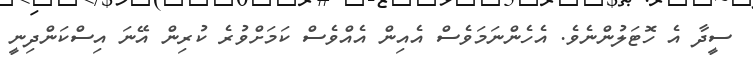
ސީދާ އެ ހޮޓަލުންނެވެ. އެހެންނަމަވެސް އެއިން އެއްވެސް ކަމަށްވުރެ ކުރިން އޭނަ އިސްކަންދިނީ